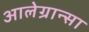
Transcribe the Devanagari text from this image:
आलेग्रान्सा